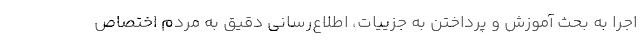
اجرا به بحث آموزش و پرداختن به جزییات، اطلاع‌رسانی دقیق به مردم اختصاص